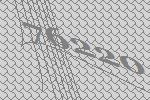
76220